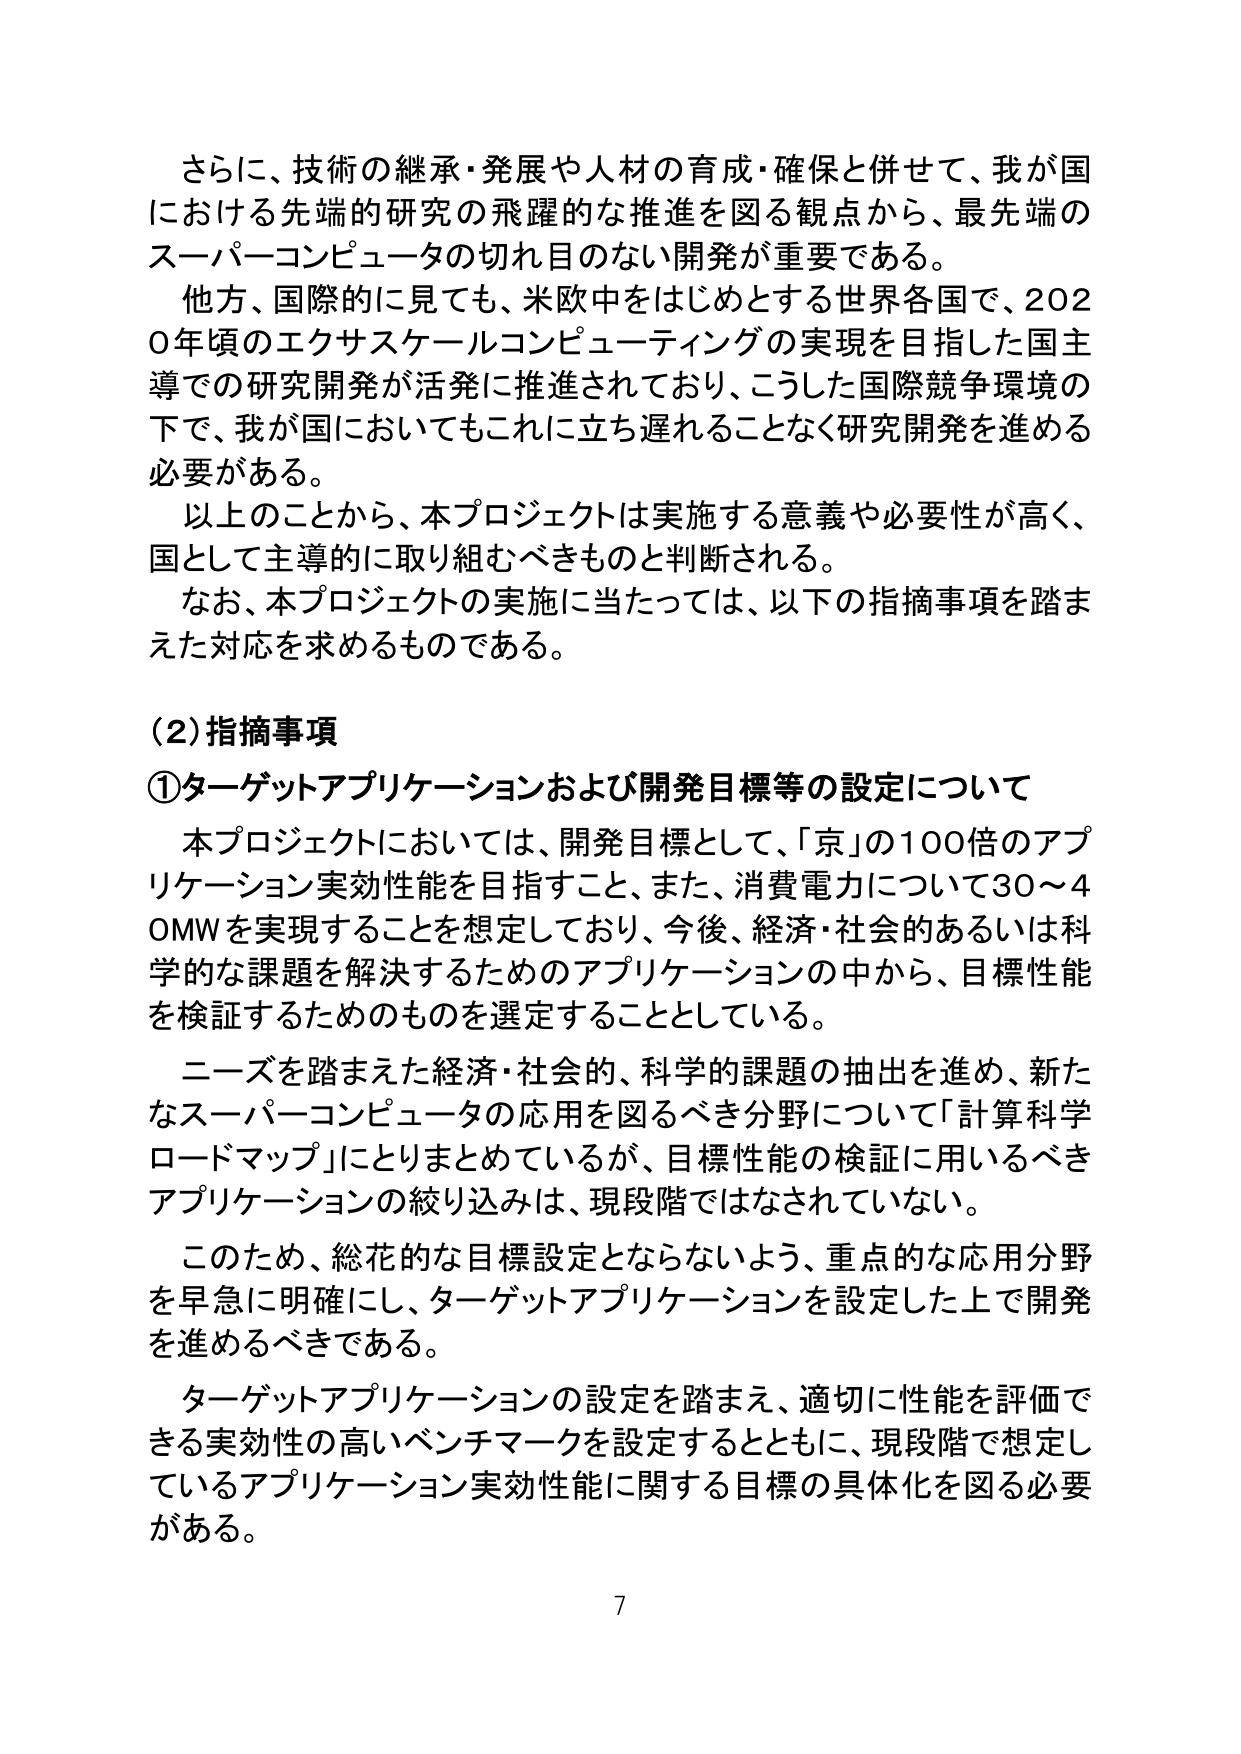
さらに、技術の継承・発展や人材の育成・確保と併せて、我が国における先端的研究の飛躍的な推進を図る観点から、最先端のスーパーコンピュータの切れ目のない開発が重要である。

他方、国際的に見ても、米欧中をはじめとする世界各国で、2020年頃のエクサスケールコンピューティングの実現を目指した国主導での研究開発が活発に推進されており、こうした国際競争環境の下で、我が国においてもこれに立ち遅れることなく研究開発を進める必要がある。

以上のことから、本プロジェクトは実施する意義や必要性が高く、国として主導的に取り組むべきものと判断される。

なお、本プロジェクトの実施に当たっては、以下の指摘事項を踏まえた対応を求めるものである。

(2) 指摘事項

① ターゲットアプリケーションおよび開発目標等の設定について

本プロジェクトにおいては、開発目標として、「京」の100倍のアプリケーション実効性能を目指すこと、また、消費電力について30～40MWを実現することを想定しており、今後、経済・社会的あるいは科学的な課題を解決するためのアプリケーションの中から、目標性能を検証するためのものを選定することとしている。

ニーズを踏まえた経済・社会的、科学的課題の抽出を進め、新たなスーパーコンピュータの応用を図るべき分野について「計算科学ロードマップ」にとりまとめているが、目標性能の検証に用いるべきアプリケーションの絞り込みは、現段階ではなされていない。

このため、総花的な目標設定とならないよう、重点的な応用分野を早急に明確にし、ターゲットアプリケーションを設定した上で開発を進めるべきである。

ターゲットアプリケーションの設定を踏まえ、適切に性能を評価できる実効性の高いベンチマークを設定するとともに、現段階で想定しているアプリケーション実効性能に関する目標の具体化を図る必要がある。

7